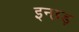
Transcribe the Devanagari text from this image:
इन्छड़